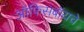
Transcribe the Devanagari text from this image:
ऑफिसबॉयचे